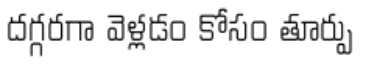
దగ్గరగా వెళ్లడం కోసం తూర్పు